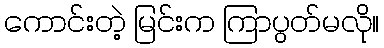
ကောင်းတဲ့ မြင်းက ကြာပွတ်မလို။